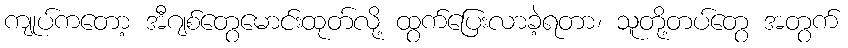
ကျုပ်ကတော့ အီဂျစ်တွေမောင်းထုတ်လို့ ထွက်ပြေးလာခဲ့ရတာ၊ သူတို့တပ်တွေ အတွက်